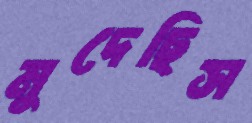
মুদেছিস